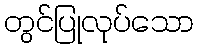
တွင်ပြုလုပ်သော